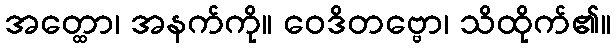
အတ္ထော၊ အနက်ကို။ ဝေဒိတဗ္ဗော၊ သိထိုက်၏။